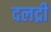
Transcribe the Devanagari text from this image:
दलद्री